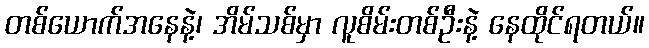
တစ်ယောက်အနေနဲ့၊ အိမ်သစ်မှာ လူစိမ်းတစ်ဦးနဲ့ နေထိုင်ရတယ်။